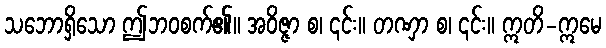
သဘောရှိသော ဤဘဝစက်၏။ အဝိဇ္ဇာ စ၊ ၎င်း။ တဏှာ စ၊ ၎င်း။ ဣတိ-ဣမေ